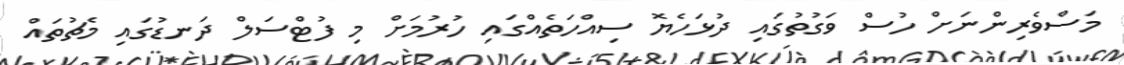
މަސްވެރިންނަށް ހުސް ވަގުތުގައި ދުޅަހެޔޮ ސިއްހަތެއްގައި ހުރުމަށް މި ފުޓްސަލް ދަނޑުގައި މެޗުތައް